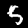
Digit: 5